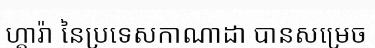
ហ្គារ៉ា នៃប្រទេសកាណាដា បានសម្រេច